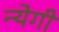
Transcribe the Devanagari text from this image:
न्येगी